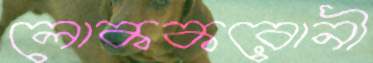
লোককরোনী